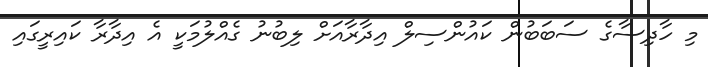
މި ހާދިސާގެ ސަބަބުން ކައުންސިލް އިދާރާއަށް ލިބުނު ގެއްލުމަކީ އެ އިދާރާ ކައިރީގައި